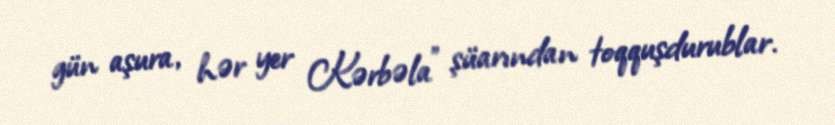
gün aşura, hər yer Kərbəla” şüarından toqquşdurublar.